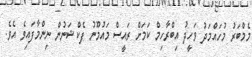
މެމްބަރު މުހައްމަދު ވަހީދު އިބްރާހިމް ކަމަށް ރައީސް މައުމޫނު ފެކްޝަނުން ނިންމާފައިވެ އެވެ.